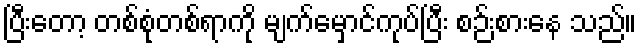
ပြီးတော့ တစ်စုံတစ်ရာကို မျက်မှောင်ကုပ်ပြီး စဉ်းစားနေ သည်။